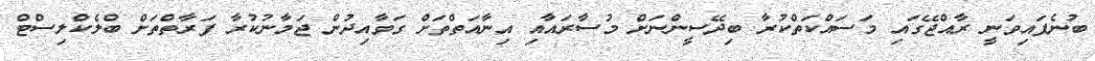
ބުނެފައިވަނީ ރާއްޖޭގައި މަސައްކަތްކުރާ ބިދޭސީންނަށް މުސާރައާއި އިނާއަތްތަށް ގަވާއިދުން ޖަމާނުކުރާ ފަރާތްތަށް ބްލެކްލިސްޓް